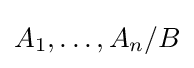
A_{1},\dots ,A_{n}/B